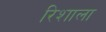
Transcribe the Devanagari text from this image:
रिशाला